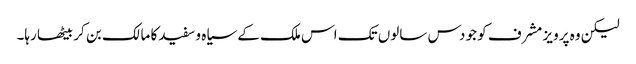
لیکن وہ پرویز مشرف کو جو دس سالوں تک اس ملک کے سیاہ و سفید کا مالک بن کر بیٹھا رہا۔